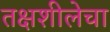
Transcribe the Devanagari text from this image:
तक्षशीलेचा